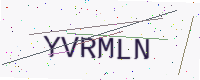
Text: YVRMLN